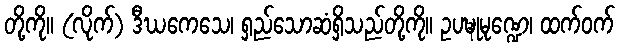
တို့ကို။ (လိုက်) ဒီဃကေသေ၊ ရှည်သောဆံရှိသည်တို့ကို။ ဥပဍ္ဎုမုဏ္ဍေ၊ ထက်ဝက်